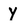
Character: Y